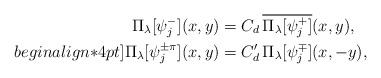
LaTeX: \begin{align*} \Pi_\lambda[\psi_j^{-}](x,y)&=C_d \,\overline{\Pi_{\lambda}[\psi_j^{+}]}(x,y), \\begin{align*}4pt] \Pi_\lambda[\psi_j^{\pm \pi}](x,y)&= C_d' \, \Pi_{\lambda} [\psi_j^{\mp}](x,-y),\end{align*}